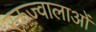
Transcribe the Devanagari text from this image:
रक्तज्वालाओं